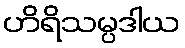
ဟိရိသမ္ပဒါယ